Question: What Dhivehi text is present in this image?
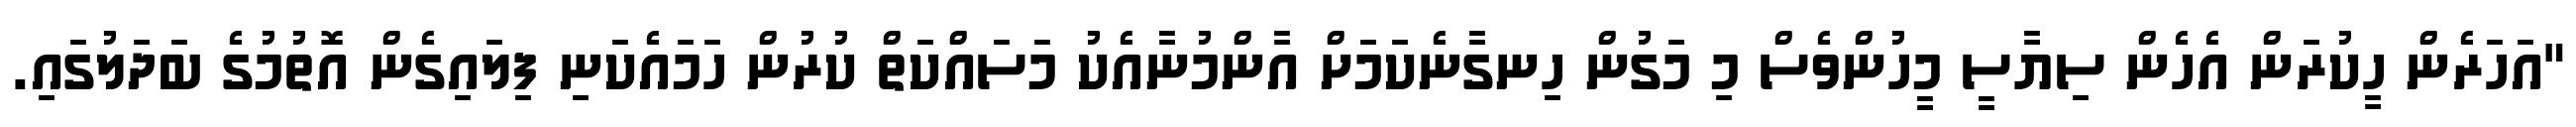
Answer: "އަހަރެން ހީކުރަން އެހެން ސިޔާސީ މީހުންވެސް މި މަގުން ހިނގާނެކަމަށް އާންމުނާއެކު މަސައްކަތް ކުރުން ހަމައެކަނި ފިލައިގެން އޮތުމުގެ ބަދަލުގައި.